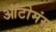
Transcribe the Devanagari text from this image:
ऑटोमंस